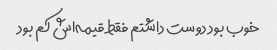
خوب بود دوست داشتم فقط قیمه‌اش کم بود